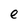
Character: e